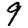
Digit: 9